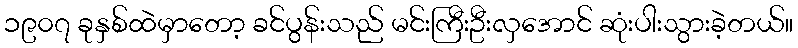
၁၉၀၇ ခုနှစ်ထဲမှာတော့ ခင်ပွန်းသည် မင်းကြီးဦးလှအောင် ဆုံးပါးသွားခဲ့တယ်။